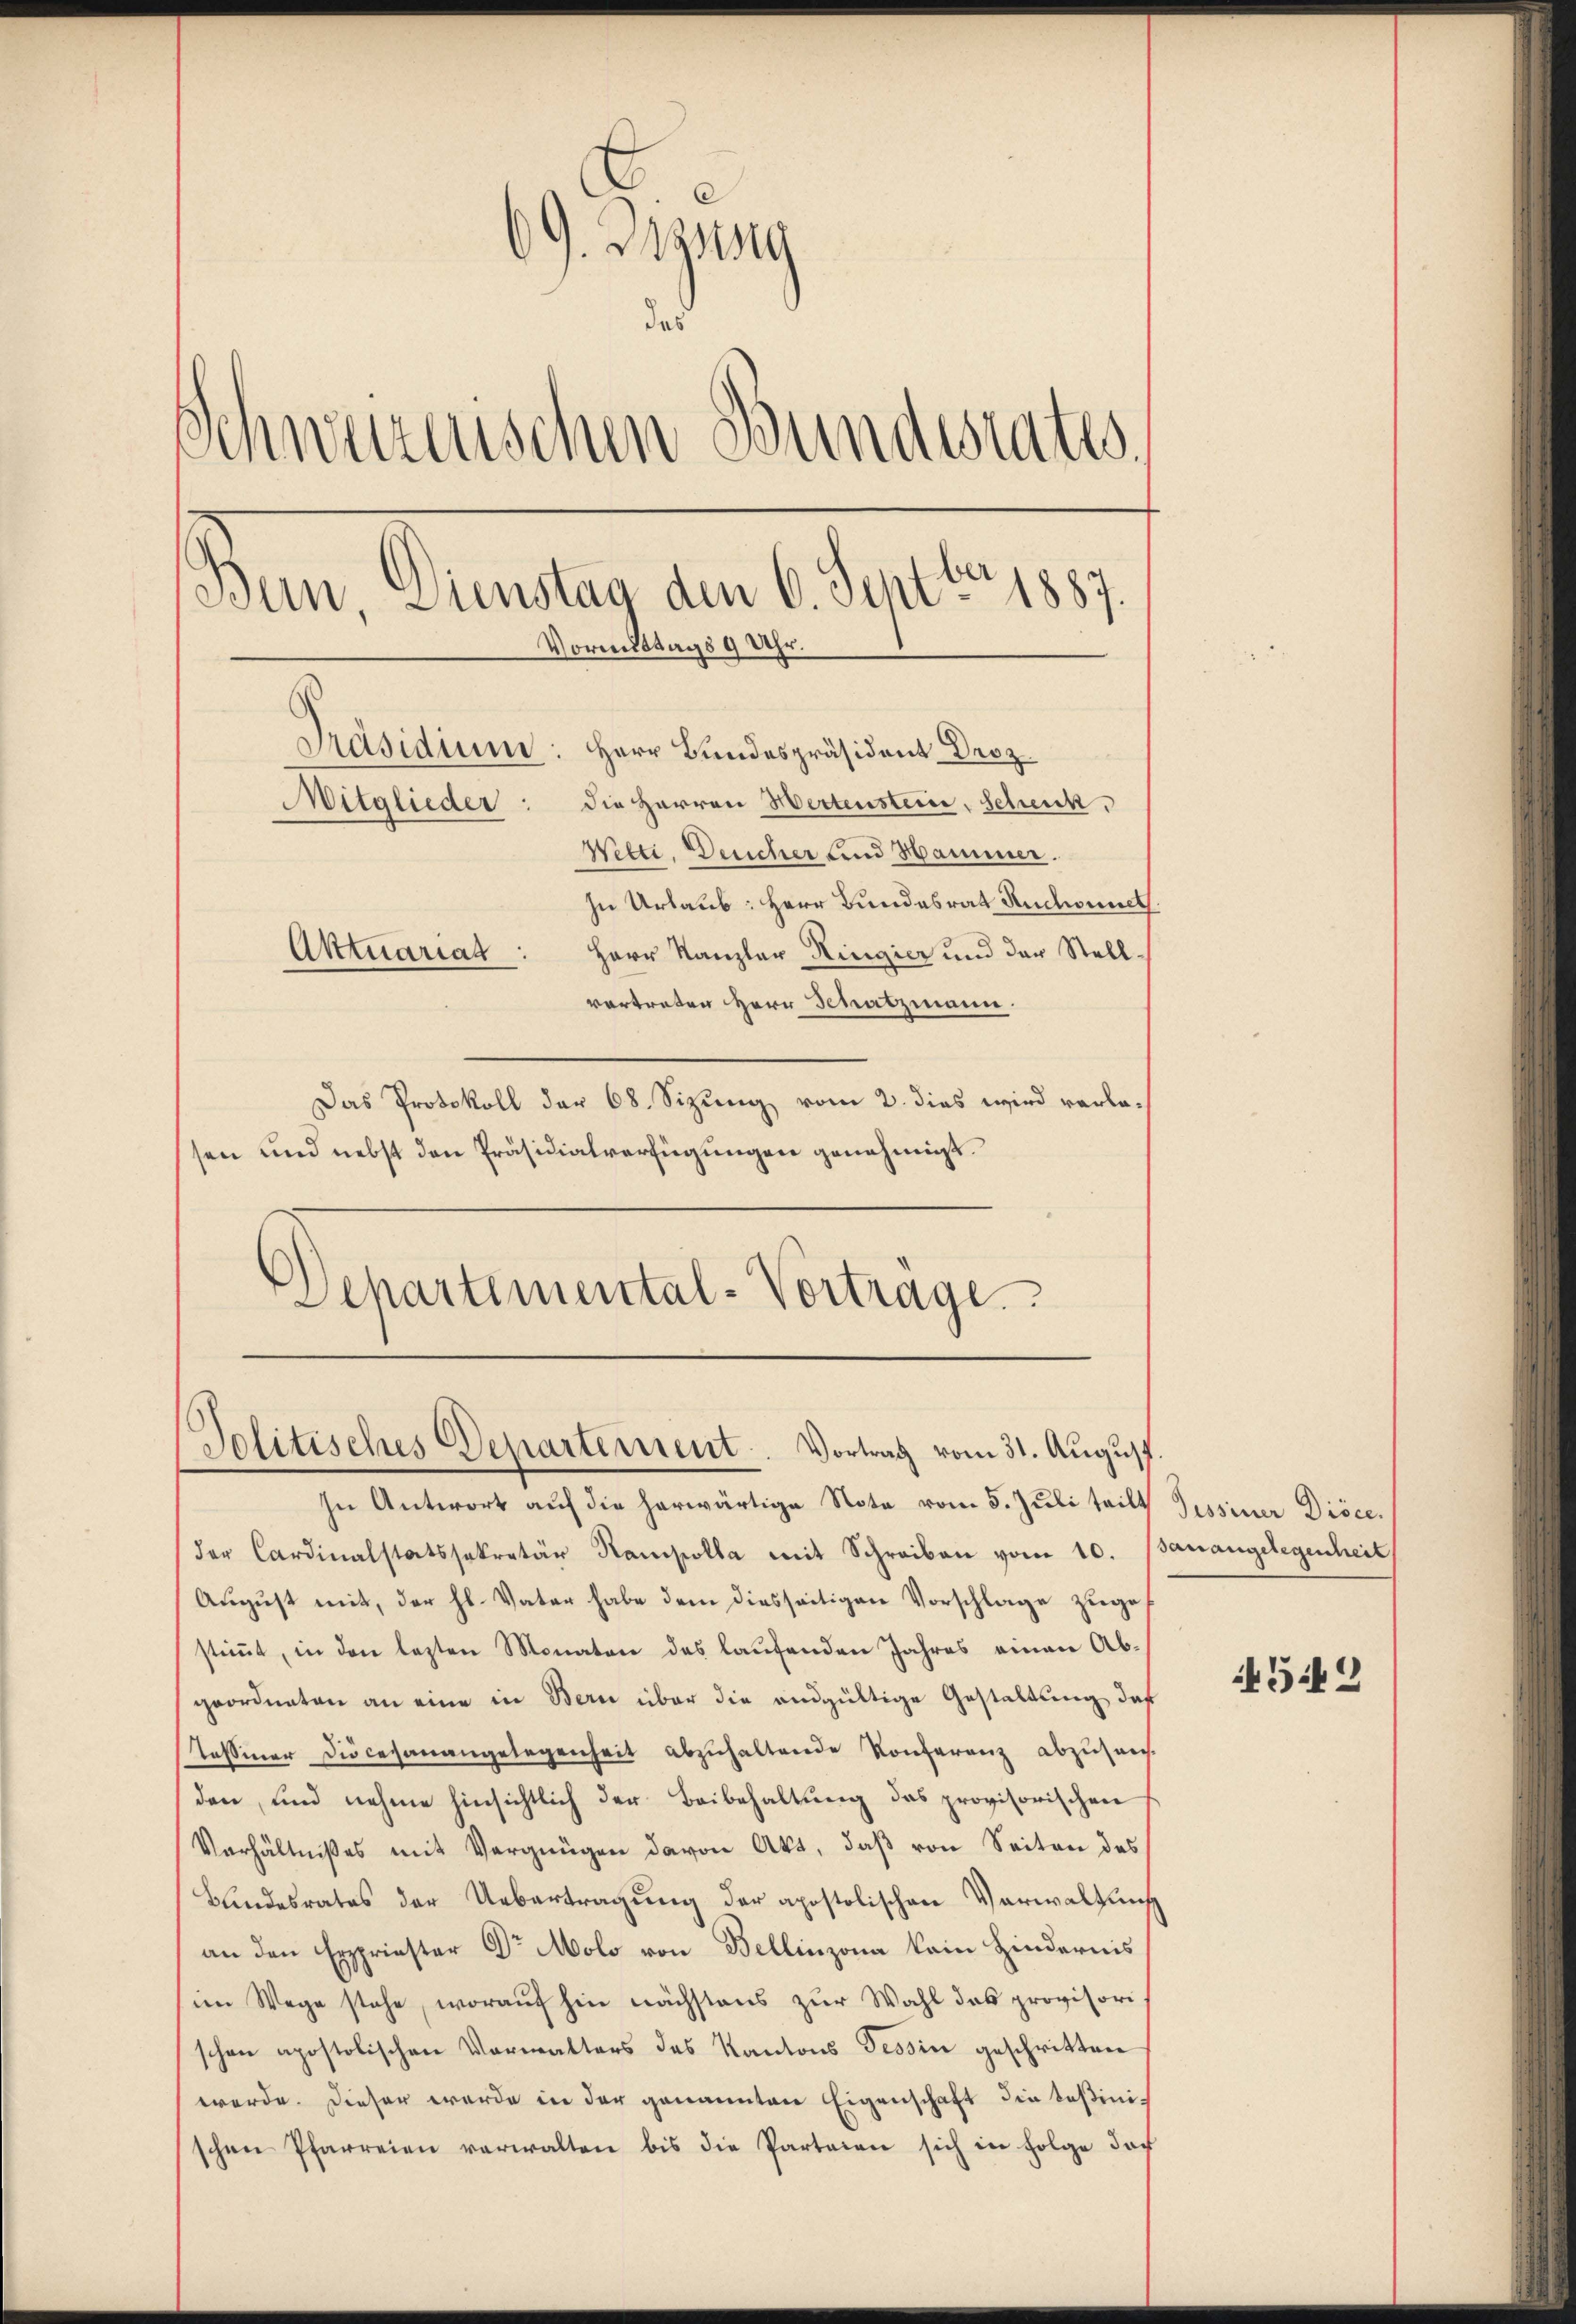
69. Disseg
das
Schwurzerischen Bundesrates.
Bun, Dienstag den 6. Septbr 1887.
Vormittags 9 Uhr.
Präsidium: Herr Bundespräsident Droz.
Mitglieder: die Herren Hertenstein, Schenk,
Wetti, Deucher und Hammer.
In Urlaub: Herr Bundesrat Ruchorneth
Aktuariat: Herr Kanzler Ringier und der Stell
vertreten Herr Schatzmann.

Das Protokoll der 68. Sizung vom 2. dies wird verlesen und nebst den Präsidialverfügungen genehmigt.
Dehartemental-Vortrage.

Politisches Departement. Vortrag vom 31. August

In Antwort auf die herwärtige Note vom 5. Juli teilt Tessiner Diöce.
der Cardinalstatssekretär Samsolle mit Schreiben vom 10. Banangelegenheit
August mit, der hl. Vater habe dem diesseitigen Vorschlage zugestimmt, in den lezten Monaten des laufenden Jahres einen Abgeordneten an eine in Bern über die endgültige Gestaltung daf
Tessiner Diocesanangelegenheit abzŭhaltende Konferenz abzuseh
den, und nehme hinsichtlich der Beibehaltung das provisorischen
Verhältnißes mit Vergnügen davon Akt, daβ von Seiten des
Bundesrates der Uebertragung der apostolischen Verwaltung
an den Erspriester Dr Molo von Bellinzona kein Hindernis
im Wege stehe, worauf hin nächstens zur Wahl das provisori
schen apostolischen Vormatters des Kantons Tessin geschritten
werde. Dieser werde in der genannten Eigenschaft die Teßini-
schen Pfarreien verwalten bis die Parteien sich in Folge doch

5449